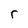
Character: r